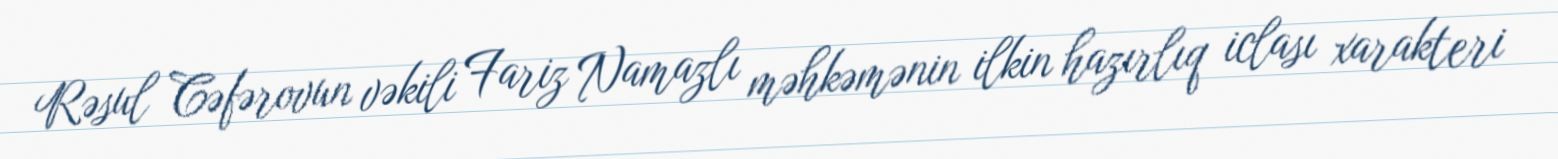
Rəsul Cəfərovun vəkili Fariz Namazlı məhkəmənin ilkin hazırlıq iclası xarakteri